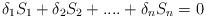
LaTeX: \begin{align*}\delta _{1}S_{1}+\delta _{2}S_{2}+....+\delta _{n}S_{n}=0\end{align*}